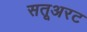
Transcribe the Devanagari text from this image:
सतूअरट